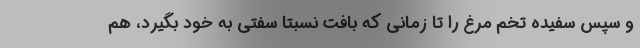
و سپس سفیده تخم مرغ را تا زمانی که بافت نسبتا سفتی به خود بگیرد، هم